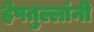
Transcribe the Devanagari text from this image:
हेपतुल्लांनी